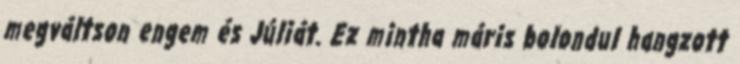
megváltson engem és Júliát. Ez mintha máris bolondul hangzott